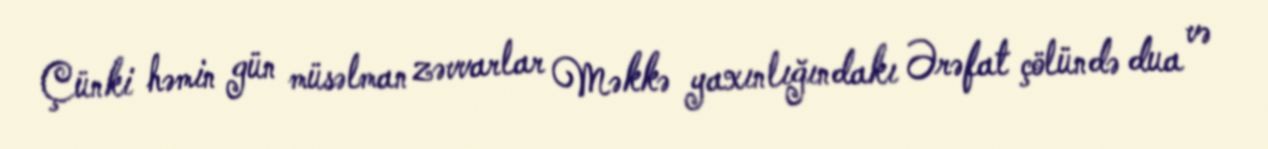
Çünki həmin gün müsəlman zəvvarlar Məkkə yaxınlığındakı Ərəfat çölündə dua və